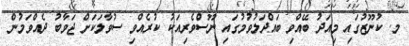
މ. ކުނޫޒުގައި މިއަދު ބޭއްވި ބައްދަލުވުމުގައި ނޫސްވެރިއަކު ކުރެއްވި ސުވާލަކަަށް ޖަވާބު ދެއްވަމުން